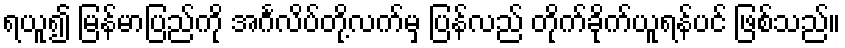
ရယူ၍ မြန်မာပြည်ကို အင်္ဂလိပ်တို့လက်မှ ပြန်လည် တိုက်ခိုက်ယူရန်ပင် ဖြစ်သည်။